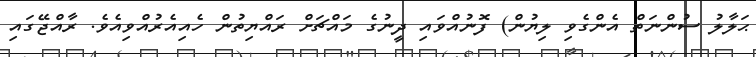
ޙަލާލު ސުންނަތް އެންގެވި ލިޔުން) ފޮނުއްވައި ދީނުގެ މައްޗަށް ރައްޔިތުން ހެއިއެރުއްވިއެވެ. ރާއްޖޭގައި